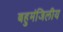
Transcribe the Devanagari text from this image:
बहुमंजिलीय